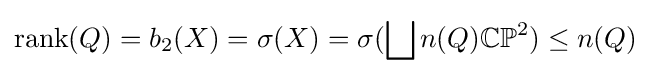
{\text{rank}}(Q)=b_{2}(X)=\sigma (X)=\sigma (\bigsqcup n(Q)\mathbb {CP} ^{2})\leq n(Q)